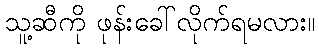
သူ့ဆီကို ဖုန်းခေါ်လိုက်ရမလား။